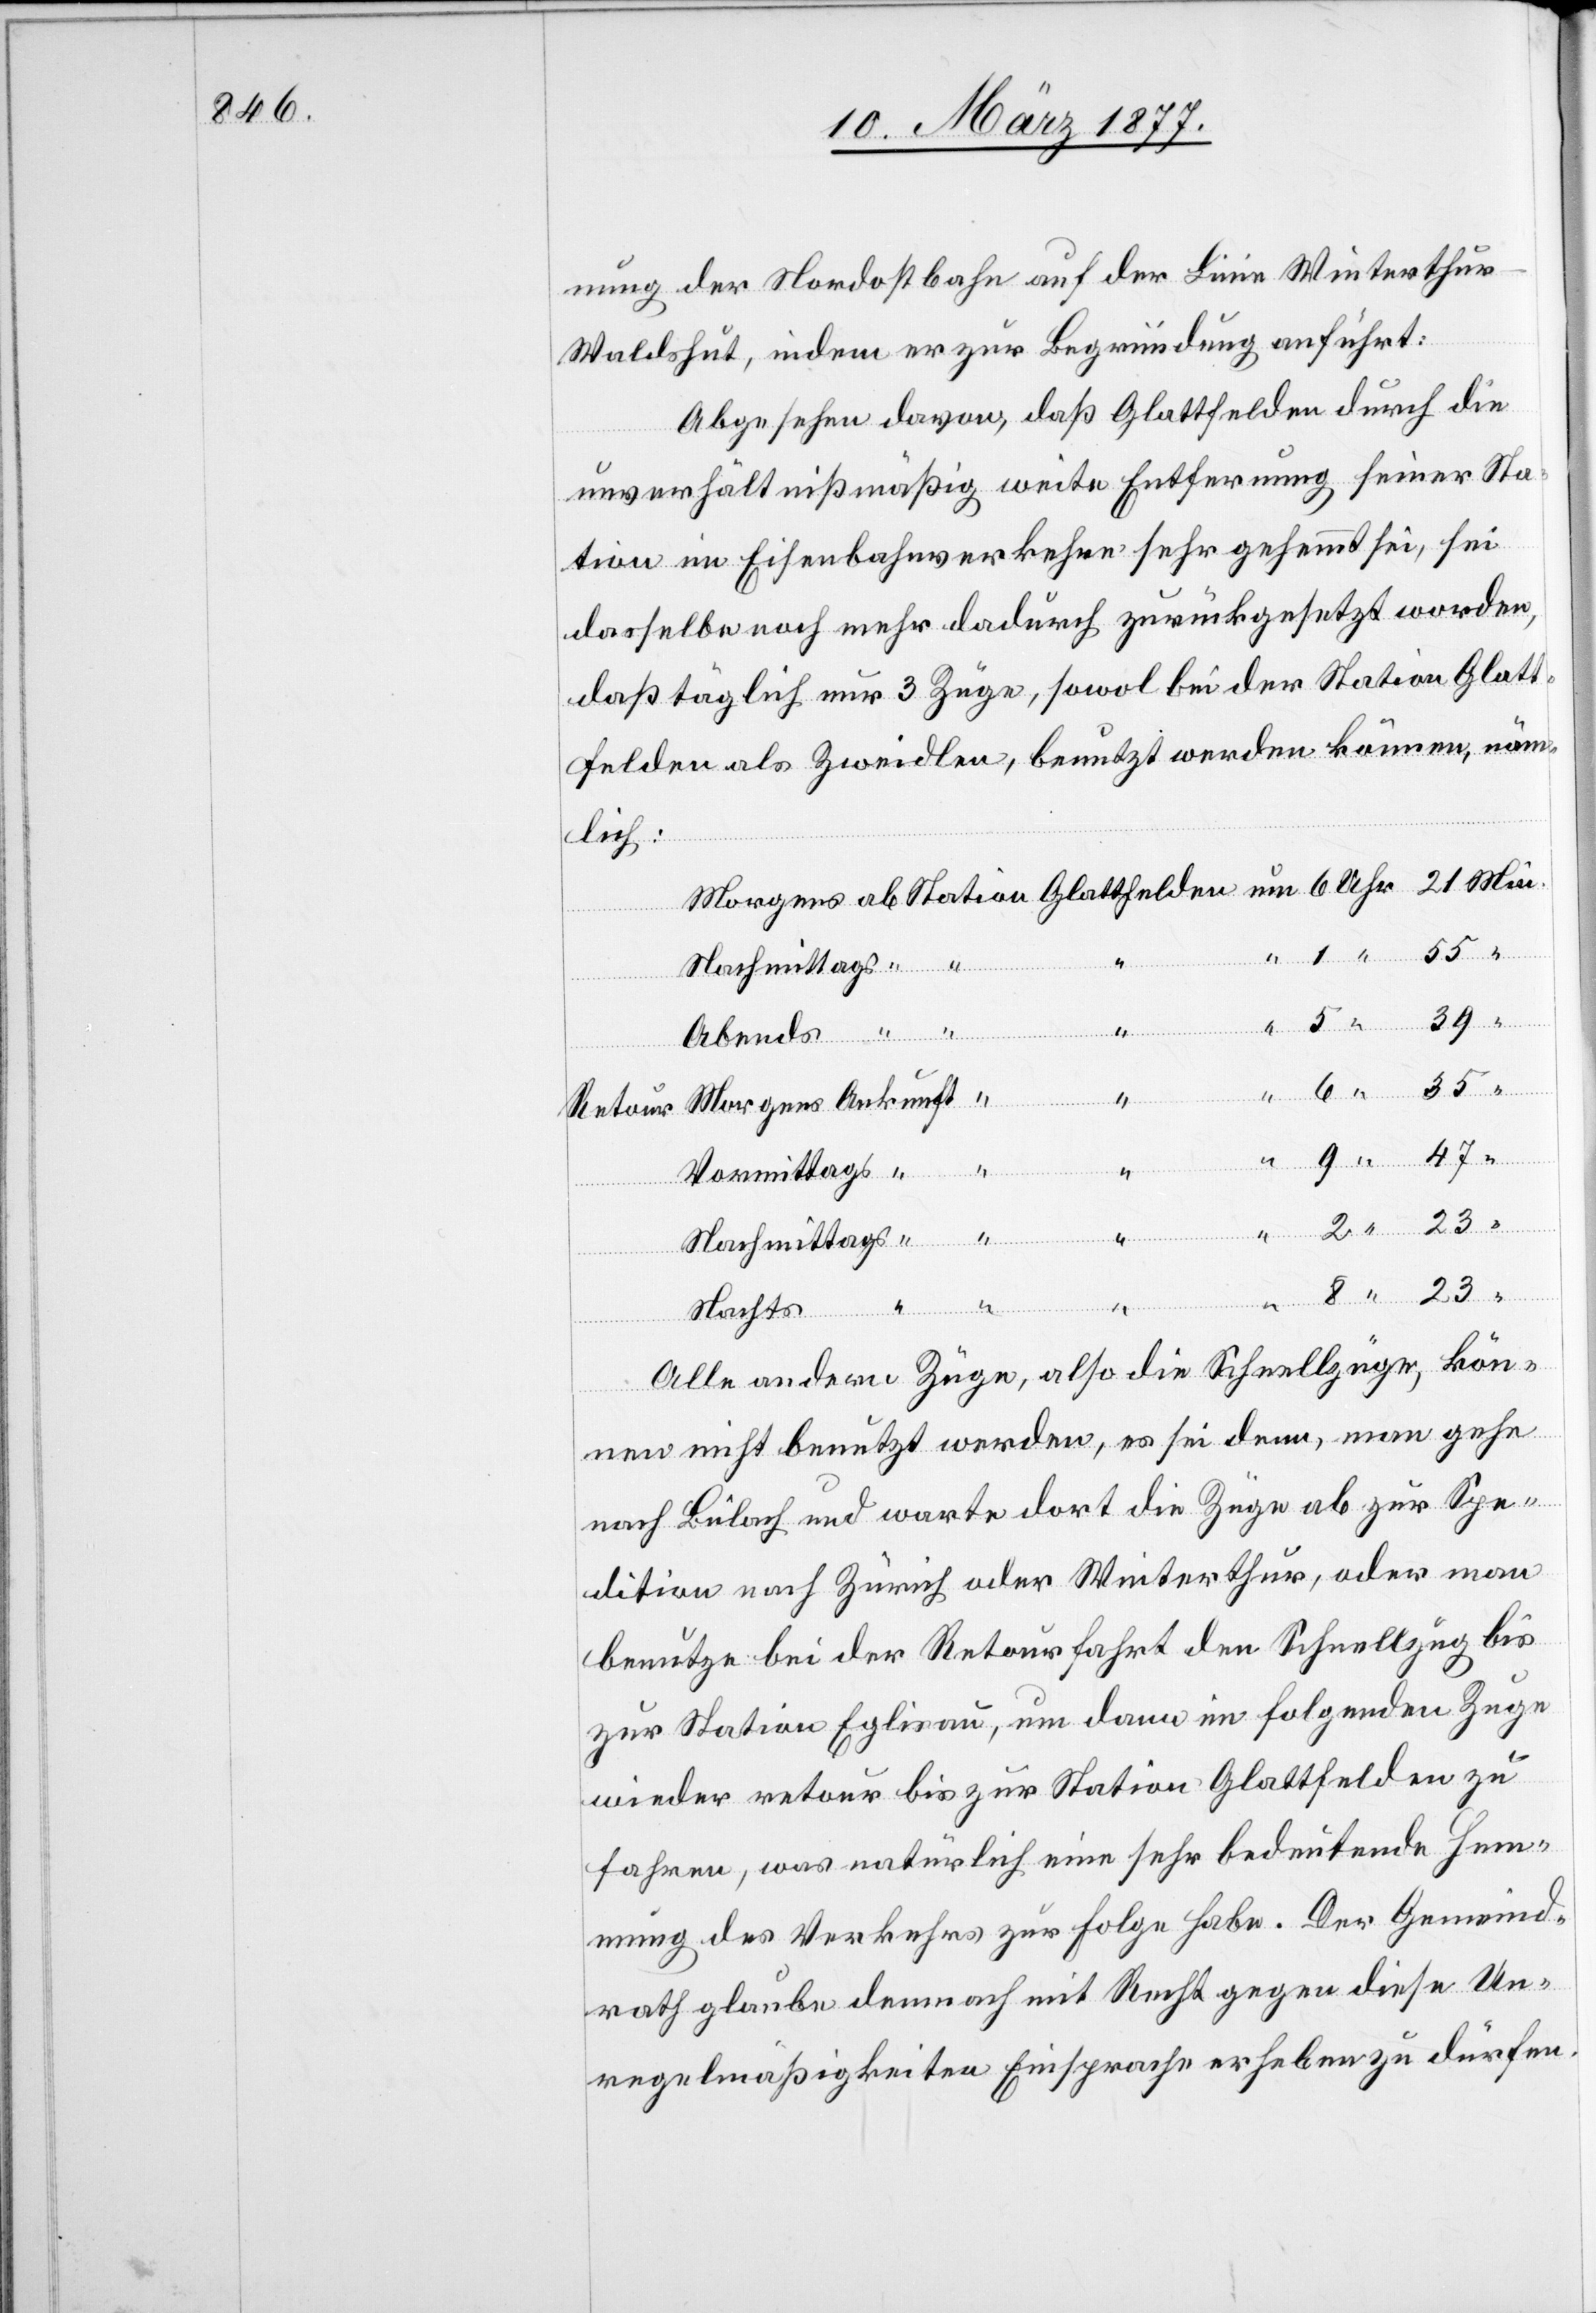
nung der Nordostbahn auf der Linie Winterthu¬
r–Waldshut, indem er zur Begründung anführt:
Abgesehen davon, daß Glattfelden durch die
unverhältnißmäßig weite Entfernung seiner Sta¬
tion im Eisenbahnverkehr sehr gehemmt sei, sei
dasselbe noch mehr dadurch zurückgesetzt worden,
daß täglich nur 3 Züge, sowol bei der Station Glatt¬
felden als Zweidlen, benutzt werden können, näm¬
lich:
Uhr
Nachmittags
39
47
elden
23
Abends
“
8
“
unft
Retour
Vormittags
Morgens
Nachts
Alle andern Züge, also die Schnellzüge, kön¬
nen nicht benutzt werden, es sei denn, man gehe
nach Bülach und warte dort die Züge ab zur Spe¬
dition nach Zürich oder Winterthur, oder man
benutze bei der Retourfahrt den Schnellzug bis
zu Station Eglisau, um dann im folgenden Zuge
wieder retour bis zur Station Glattfelden zu
fahren, was natürlich eine sehr bedeutende Hem¬
mung des Verkehrs zur Folge habe. Der Gemeind¬
rath glaube demnach mit Recht gegen diese Un¬
regelmäßigkeiten Einsprache erheben zu dürfen.